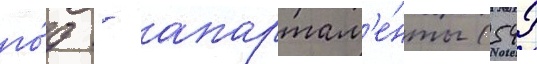
го́д - апартам'е́нты (542